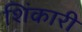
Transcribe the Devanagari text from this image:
शिंकारी